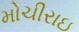
મોચીરાઇ